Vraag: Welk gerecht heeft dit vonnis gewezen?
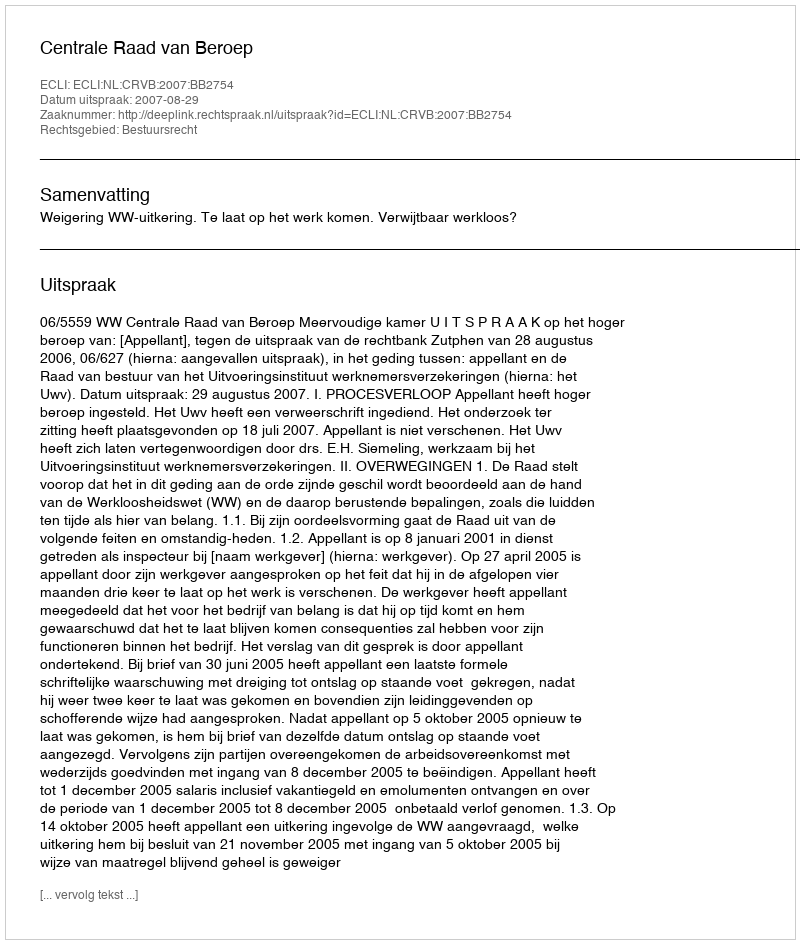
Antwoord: Centrale Raad van Beroep